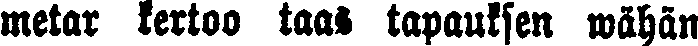
metar kertoo taas tapauksen wähän